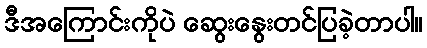
ဒီအကြောင်းကိုပဲ ဆွေးနွေးတင်ပြခဲ့တာပါ။